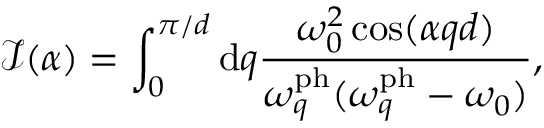
\mathcal { I } ( \alpha ) = \int _ { 0 } ^ { \pi / d } \mathrm { d } q \frac { \omega _ { 0 } ^ { 2 } \cos ( \alpha q d ) } { \omega _ { q } ^ { \mathrm { p h } } ( \omega _ { q } ^ { \mathrm { p h } } - \omega _ { 0 } ) } ,